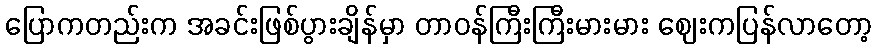
ပြောကတည်းက အခင်းဖြစ်ပွားချိန်မှာ တာဝန်ကြီးကြီးမားမား ဈေးကပြန်လာတော့